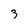
Character: 3